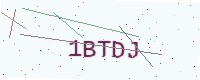
Text: 1BTDJ